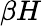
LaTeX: \beta H